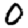
Digit: 0